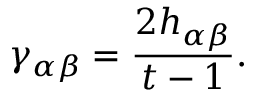
\gamma _ { \alpha \beta } = \frac { 2 h _ { \alpha \beta } } { t - 1 } .